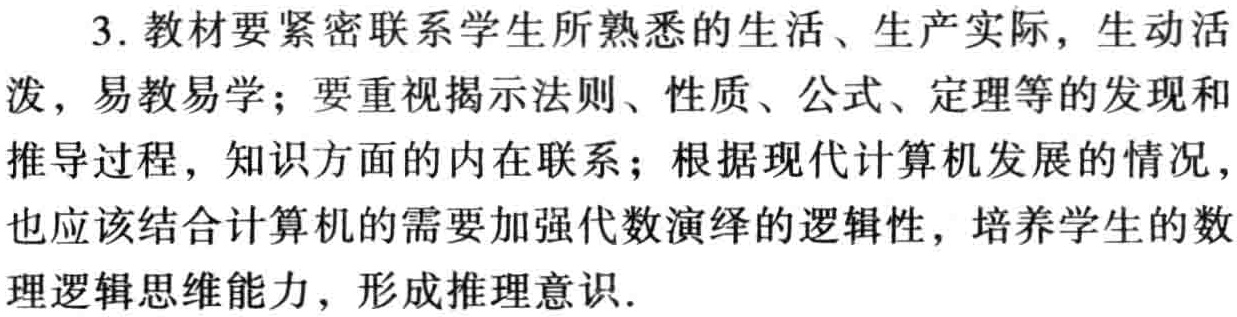
3. 教材要紧密联系学生所熟悉的生活、生产实际，生动活泼，易教易学；要重视揭示法则、性质、公式、定理等的发现和推导过程，知识方面的内在联系；根据现代计算机发展的情况，也应该结合计算机的需要加强代数演绎的逻辑性，培养学生的数理逻辑思维能力，形成推理意识.